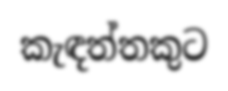
කැඳත්තකුට